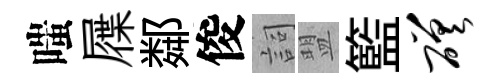
嗤屧鄰俊詞盟籃磋